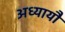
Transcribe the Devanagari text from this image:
अध्यायौं